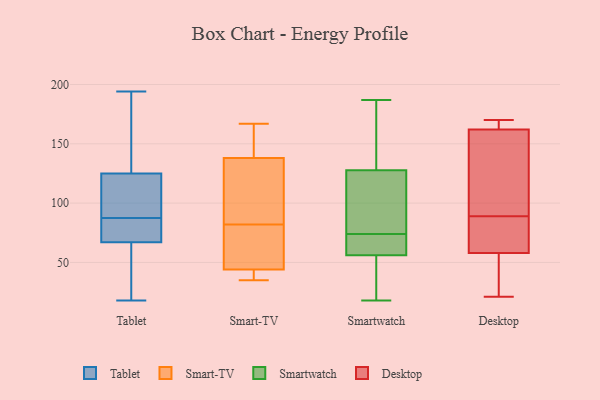
{"axis": {"x": "LTV (USD)", "y": "Value"}, "legend": ["Desktop", "Smart-TV", "Smartwatch", "Tablet"], "data": [{"x": "", "y": 125, "type": "Tablet"}, {"x": "", "y": 37, "type": "Tablet"}, {"x": "", "y": 194, "type": "Tablet"}, {"x": "", "y": 20, "type": "Tablet"}, {"x": "", "y": 104, "type": "Tablet"}, {"x": "", "y": 68, "type": "Tablet"}, {"x": "", "y": 133, "type": "Tablet"}, {"x": "", "y": 99, "type": "Tablet"}, {"x": "", "y": 81, "type": "Tablet"}, {"x": "", "y": 84, "type": "Tablet"}, {"x": "", "y": 113, "type": "Tablet"}, {"x": "", "y": 18, "type": "Tablet"}, {"x": "", "y": 46, "type": "Tablet"}, {"x": "", "y": 157, "type": "Tablet"}, {"x": "", "y": 76, "type": "Tablet"}, {"x": "", "y": 127, "type": "Tablet"}, {"x": "", "y": 67, "type": "Tablet"}, {"x": "", "y": 91, "type": "Tablet"}, {"x": "", "y": 44, "type": "Smart-TV"}, {"x": "", "y": 35, "type": "Smart-TV"}, {"x": "", "y": 138, "type": "Smart-TV"}, {"x": "", "y": 44, "type": "Smart-TV"}, {"x": "", "y": 61, "type": "Smart-TV"}, {"x": "", "y": 57, "type": "Smart-TV"}, {"x": "", "y": 119, "type": "Smart-TV"}, {"x": "", "y": 167, "type": "Smart-TV"}, {"x": "", "y": 103, "type": "Smart-TV"}, {"x": "", "y": 145, "type": "Smart-TV"}, {"x": "", "y": 187, "type": "Smartwatch"}, {"x": "", "y": 74, "type": "Smartwatch"}, {"x": "", "y": 134, "type": "Smartwatch"}, {"x": "", "y": 60, "type": "Smartwatch"}, {"x": "", "y": 133, "type": "Smartwatch"}, {"x": "", "y": 50, "type": "Smartwatch"}, {"x": "", "y": 18, "type": "Smartwatch"}, {"x": "", "y": 152, "type": "Smartwatch"}, {"x": "", "y": 95, "type": "Smartwatch"}, {"x": "", "y": 55, "type": "Smartwatch"}, {"x": "", "y": 59, "type": "Smartwatch"}, {"x": "", "y": 112, "type": "Smartwatch"}, {"x": "", "y": 59, "type": "Smartwatch"}, {"x": "", "y": 42, "type": "Smartwatch"}, {"x": "", "y": 110, "type": "Smartwatch"}, {"x": "", "y": 170, "type": "Desktop"}, {"x": "", "y": 21, "type": "Desktop"}, {"x": "", "y": 94, "type": "Desktop"}, {"x": "", "y": 167, "type": "Desktop"}, {"x": "", "y": 92, "type": "Desktop"}, {"x": "", "y": 58, "type": "Desktop"}, {"x": "", "y": 60, "type": "Desktop"}, {"x": "", "y": 45, "type": "Desktop"}, {"x": "", "y": 162, "type": "Desktop"}, {"x": "", "y": 86, "type": "Desktop"}]}